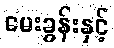
မေးခွန်းနှင့်